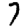
Digit: 7